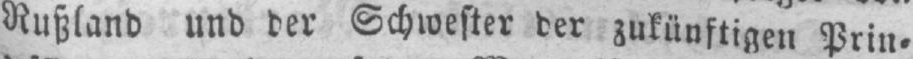
Rußland und der Schwester der zukünftigen Prin⸗